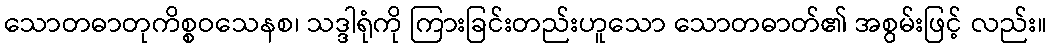
သောတဓာတုကိစ္စဝသေနစ၊ သဒ္ဒါရုံကို ကြားခြင်းတည်းဟူသော သောတဓာတ်၏ အစွမ်းဖြင့် လည်း။